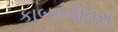
કાબરચીતરા